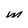
Character: w